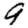
Digit: 9